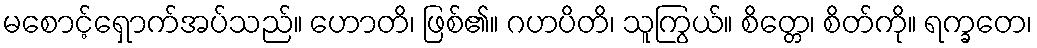
မစောင့်ရှောက်အပ်သည်။ ဟောတိ၊ ဖြစ်၏။ ဂဟပိတိ၊ သူကြွယ်။ စိတ္တေ၊ စိတ်ကို။ ရက္ခတေ၊